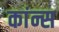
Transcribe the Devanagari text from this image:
कांन्स